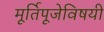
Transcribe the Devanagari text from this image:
मूर्तिपूजेविषयी